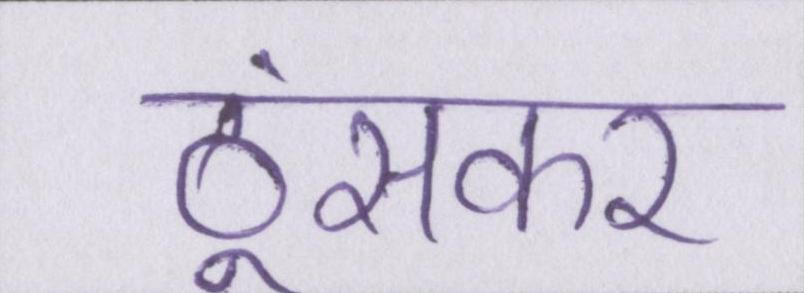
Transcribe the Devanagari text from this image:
ठूंसकर